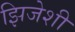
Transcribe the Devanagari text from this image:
झिजेशी